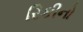
રિકીનો